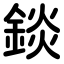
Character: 錟